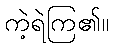
ကဲ့ရဲကြ၏။